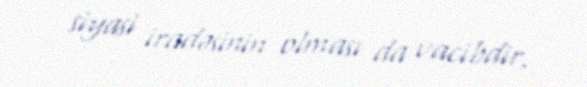
siyasi iradəsinin olması da vacibdir.